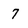
Character: 7